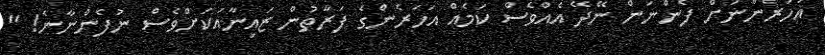
އަހަރެންނަށް ފެންނަން ނޭދޭ އެއްވެސް ކަމެއް އަހަރެންގެ ފަރާތުން ޒައިނާއަކަށްވެސް ނުފެންނާނެ! "